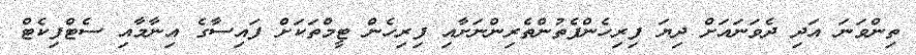
ތިންވަނަ އަދި ދެވަނައަށް ދިޔަ ފިރިހެންފެތުންތެރިންނަށާއި ފިރިހެން ޓީމްތަކަށް ފައިސާގެ އިނާމާއި ސެޓްފިކެޓް